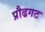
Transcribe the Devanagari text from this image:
प्रौढगट